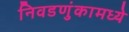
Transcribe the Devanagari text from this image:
निवडणुंकामध्ये